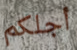
أجلكم